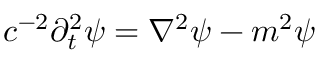
c ^ { - 2 } \partial _ { t } ^ { 2 } \psi = \nabla ^ { 2 } \psi - m ^ { 2 } \psi